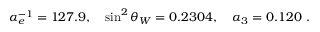
\alpha _ { e } ^ { - 1 } = 1 2 7 . 9 , \quad \sin ^ { 2 } \theta _ { W } = 0 . 2 3 0 4 , \quad \alpha _ { 3 } = 0 . 1 2 0 \ .